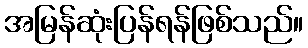
အမြန်ဆုံးပြန်ရန်ဖြစ်သည်။